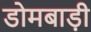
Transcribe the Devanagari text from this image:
डोमबाड़ी